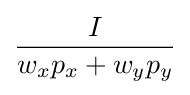
I \over w_{x}p_{x}+w_{y}p_{y}